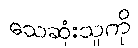
သေဆုံးသူကို